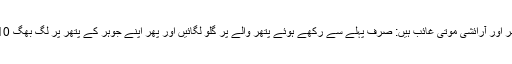
20. اب صرف پتھر اور آرائشی موتی غائب ہیں: صرف پہلے سے رکھے ہوئے پتھر والے پر گلو لگائیں اور پھر اپنے جوہر کے پتھر پر لگ بھگ 10 سیکنڈ تک دبائیں۔